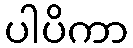
ပါပိကာ